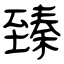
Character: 臻